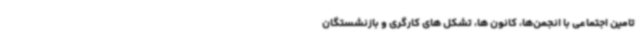
تامین اجتماعی با انجمن‌ها، کانون ها، تشکل های کارگری و بازنشستگان